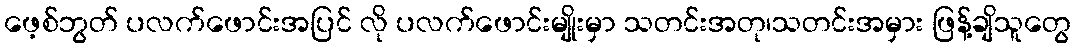
ဖေ့စ်ဘွတ် ပလက်ဖောင်းအပြင် လို ပလက်ဖောင်းမျိုးမှာ သတင်းအတု၊သတင်းအမှား ဖြန့်ချိသူတွေ